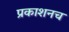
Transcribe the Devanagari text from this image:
प्रकाशनच